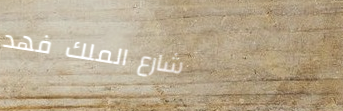
شارع الملك فهد